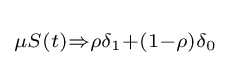
\scriptstyle \mu S(t)\Rightarrow \rho \delta _{1}+(1-\rho )\delta _{0}